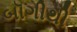
બૉગીથી